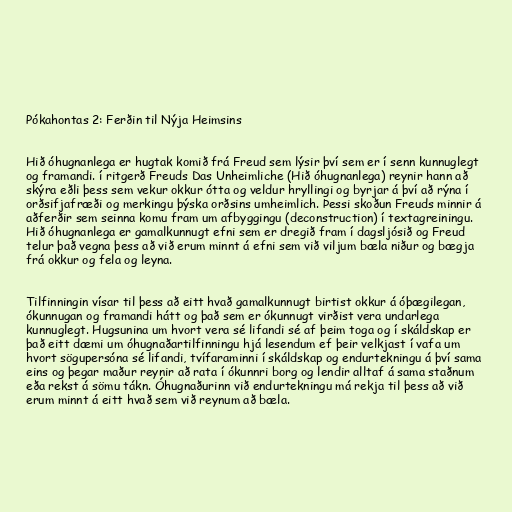
Pókahontas 2: Ferðin til Nýja Heimsins

Hið óhugnanlega er hugtak komið frá Freud sem lýsir því sem er í senn kunnuglegt
og framandi. í ritgerð Freuds Das Unheimliche (Hið óhugnanlega) reynir hann að
skýra eðli þess sem vekur okkur ótta og veldur hryllingi og byrjar á því að rýna í
orðsifjafræði og merkingu þýska orðsins umheimlich. Þessi skoðun Freuds minnir á
aðferðir sem seinna komu fram um afbyggingu (deconstruction) í textagreiningu.
Hið óhugnanlega er gamalkunnugt efni sem er dregið fram í dagsljósið og Freud
telur það vegna þess að við erum minnt á efni sem við viljum bæla niður og bægja
frá okkur og fela og leyna.

Tilfinningin vísar til þess að eitt hvað gamalkunnugt birtist okkur á óþægilegan,
ókunnugan og framandi hátt og það sem er ókunnugt virðist vera undarlega
kunnuglegt. Hugsunina um hvort vera sé lifandi sé af þeim toga og í skáldskap er
það eitt dæmi um óhugnaðartilfinningu hjá lesendum ef þeir velkjast í vafa um
hvort sögupersóna sé lifandi, tvífaraminni í skáldskap og endurtekningu á því sama
eins og þegar maður reynir að rata í ókunnri borg og lendir alltaf á sama staðnum
eða rekst á sömu tákn. Óhugnaðurinn við endurtekningu má rekja til þess að við
erum minnt á eitt hvað sem við reynum að bæla.